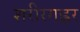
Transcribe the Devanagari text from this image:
शरीरगह्वर